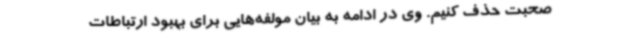
صحبت حذف کنیم. وی در ادامه به بیان مولفه‌هایی برای بهبود ارتباطات